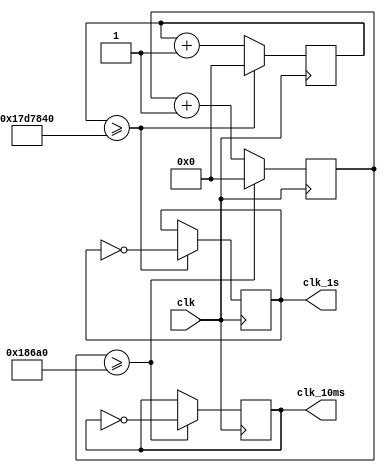
module clk_s(clk,clk_1s,clk_10ms);

input clk;
output reg clk_1s=0;
output reg clk_10ms=0;
reg [25:0] count_clk = 0,count_clk_100=0;
reg [1:0] c = 0;
always @(posedge clk)
	begin
	if(count_clk>=25000000)
		begin
		count_clk <= 0;
		clk_1s <= ~clk_1s;
		end
	else
		count_clk <= count_clk + 1;
	end
	
always @(posedge clk)
	begin
	if(count_clk_100>=100000)
		begin
		count_clk_100 <= 0;
		clk_10ms <= ~clk_10ms;
		end
	else
		count_clk_100 <= count_clk_100 + 1;
	end
endmodule